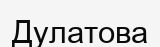
Дулатова